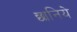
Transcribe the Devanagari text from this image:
छानिये